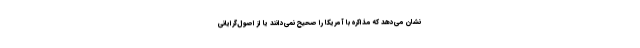
نشان می‌دهد که مذاکره با آمریکا را صحیح نمی‌دانند یا از اصول‌گرایانی